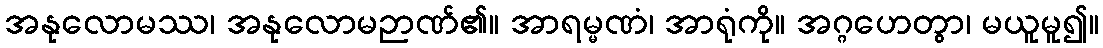
အနုလောမဿ၊ အနုလောမဉာဏ်၏။ အာရမ္မဏံ၊ အာရုံကို။ အဂ္ဂဟေတွာ၊ မယူမူ၍။